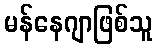
မန်နေဂျာဖြစ်သူ